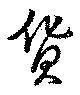
貨